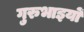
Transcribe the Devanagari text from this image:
गुरुभाइयों